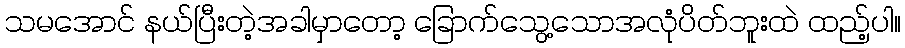
သမအောင် နယ်ပြီးတဲ့အခါမှာတော့ ခြောက်သွေ့သောအလုံပိတ်ဘူးထဲ ထည့်ပါ။